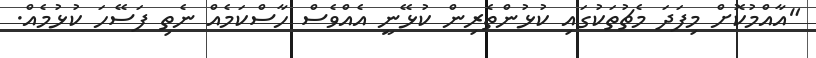
"އާއްމުކޮށް މިފަދަ މެޗުތަކުގައި ކުޅުންތެރިން ކުޅޭނީ އެއްވެސް ހާސްކަމެއް ނެތި ފަސޭހަ ކުޅުމެއް.